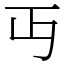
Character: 丏